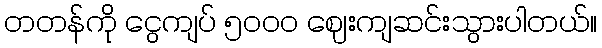
တတန်ကို ငွေကျပ် ၅ဝဝဝ ဈေးကျဆင်းသွားပါတယ်။